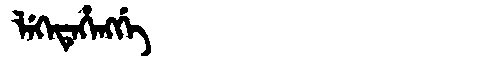
Manchu: ᠯᡝᡴᡝᡨᡝᡥᡝᠩᡤᡝ
Romanization: LEKETEHENGGE